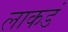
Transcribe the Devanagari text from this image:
लाकडं